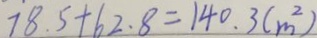
7 8 . 5 + 6 2 . 8 = 1 4 0 . 3 ( m ^ { 2 } )